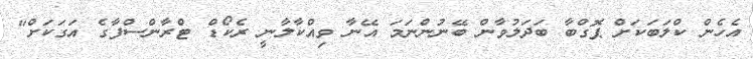
އެހެން ކްލަބަކަށް ޕޮގްބާ ބަދަލުވާން ބޭނުންނަމަ އޭނާ ވިއްކާލާނީ ރެކޯޑް ޓްރާންސްފާގެ އަގަކަށް"